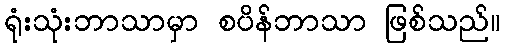
ရုံးသုံးဘာသာမှာ စပိန်ဘာသာ ဖြစ်သည်။